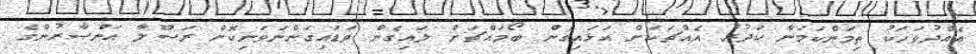
އެއްދުވަހަކު ތިމަންކަމަނާ ކަދުރު އެއްޗަކަށް އަޅައިގެން ބޯމައްޗަށް ލައިގެން ވަޑައިގަންނަވަނިކޮށް ރަސޫލާ އަންޞާރުންގެ